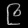
Digit: ၉